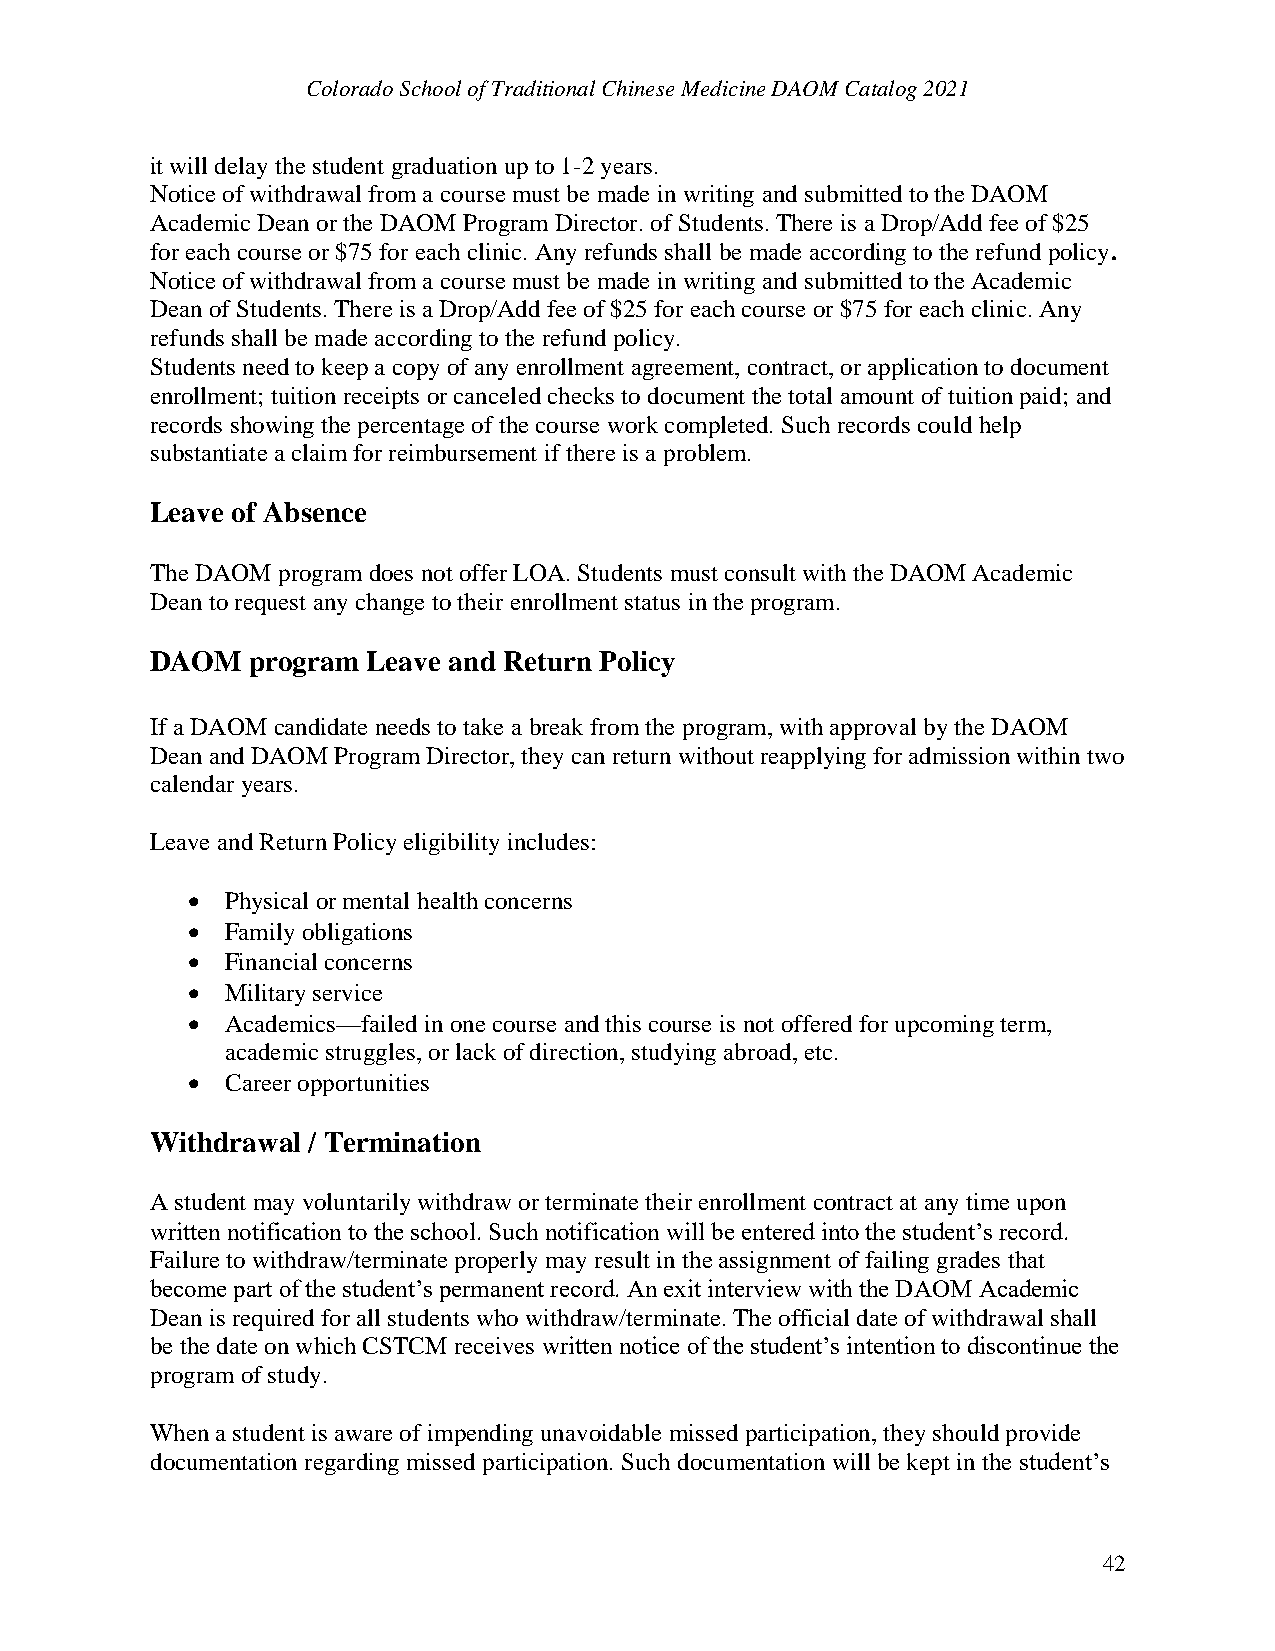
Colorado School of Traditional Chinese Medicine DAOM Catalog 2021
 it will delay the student graduation up to 1-2 years.
 Notice of withdrawal from a course must be made in writing and submitted to the DAOM
 Academic Dean or the DAOM Program Director. of Students. There is a Drop/Add fee of $25
 for each course or $75 for each clinic. Any refunds shall be made according to the refund policy.
 Notice of withdrawal from a course must be made in writing and submitted to the Academic
 Dean of Students. There is a Drop/Add fee of $25 for each course or $75 for each clinic. Any
 refunds shall be made according to the refund policy.
 Students need to keep a copy of any enrollment agreement, contract, or application to document
 enrollment; tuition receipts or canceled checks to document the total amount of tuition paid; and
 records showing the percentage of the course work completed. Such records could help
 substantiate a claim for reimbursement if there is a problem.
 Leave of Absence
 The DAOM program does not offer LOA. Students must consult with the DAOM Academic
 Dean to request any change to their enrollment status in the program.
 DAOM   program Leave and Return Policy
 If a DAOM candidate needs to take a break from the program, with approval by the DAOM
 Dean and DAOM Program Director, they can return without reapplying for admission within two
 calendar years.
 Leave and Return Policy eligibility includes:
 •  Physical or mental health concerns
 •  Family obligations
 •  Financial concerns
 •  Military service
 •  Academics—failed in one course and this course is not offered for upcoming term,
 academic struggles, or lack of direction, studying abroad, etc.
 •  Career opportunities
 Withdrawal / Termination
 A student may voluntarily withdraw or terminate their enrollment contract at any time upon
 written notification to the school. Such notification will be entered into the student’s record.
 Failure to withdraw/terminate properly may result in the assignment of failing grades that
 become part of the student’s permanent record. An exit interview with the DAOM Academic
 Dean is required for all students who withdraw/terminate. The official date of withdrawal shall
 be the date on which CSTCM receives written notice of the student’s intention to discontinue the
 program of study.
 When a student is aware of impending unavoidable missed participation, they should provide
 documentation regarding missed participation. Such documentation will be kept in the student’s
 42